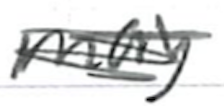
Text: may
Cross-out: scratch
Writing tool: ballpoint